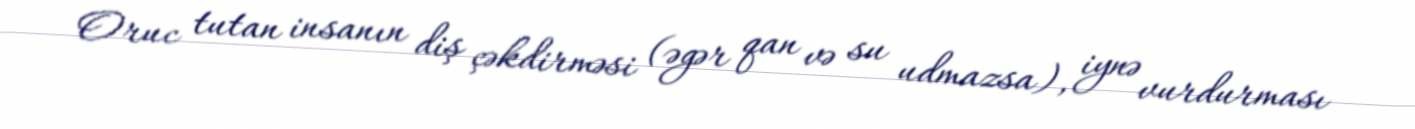
Oruc tutan insanın diş çəkdirməsi (əgər qan və su udmazsa), iynə vurdurması